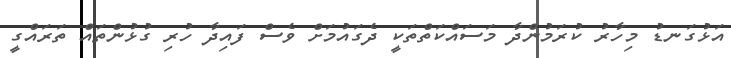
އަޅުގަނޑު މިހާރު ކުރަމުންދާ މަސައްކަތްތަކީ ދެގައުމަށް ވެސް ފައިދާ ހުރި ގުޅުންތައް ތަރައްގީ